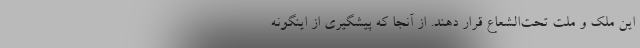
این ملک و ملت تحت‌الشعاع قرار دهند. از آنجا که پیشگیری از اینگونه